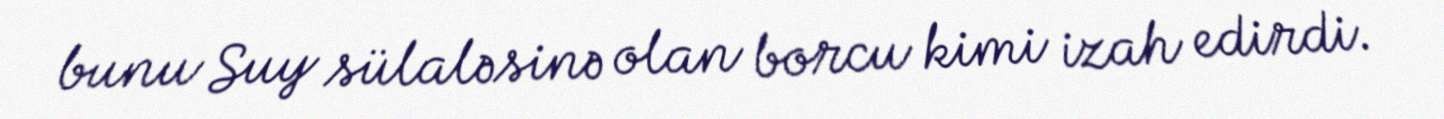
bunu Suy sülaləsinə olan borcu kimi izah edirdi.